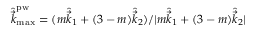
\hat { \vec { k } } _ { \mathrm { m a x } } ^ { \mathrm { p w } } = { ( m \hat { \vec { k } } _ { 1 } + ( 3 - m ) \hat { \vec { k } } _ { 2 } ) / | m \hat { \vec { k } } _ { 1 } + ( 3 - m ) \hat { \vec { k } } _ { 2 } | }